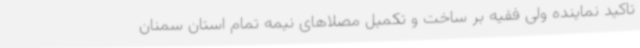
تاکید نماینده ولی فقیه بر ساخت و تکمیل مصلاهای نیمه تمام استان سمنان